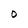
Character: 0